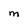
Character: m